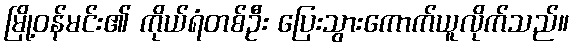
မြို့ဝန်မင်း၏ ကိုယ်ရံတစ်ဦး ပြေးသွားကောက်ယူလိုက်သည်။